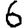
Digit: 6